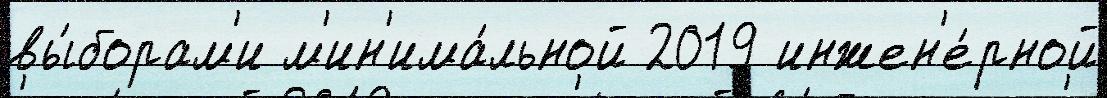
вы́борам'и м'ин'има́льной 2019 инжен'е́рной